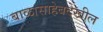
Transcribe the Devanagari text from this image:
बाळासाहेबदेखील